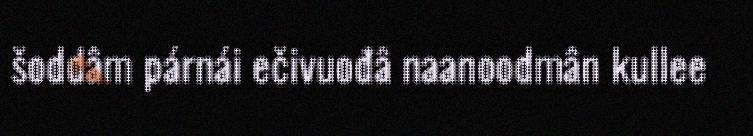
šoddâm párnái ečivuođâ naanoodmân kullee